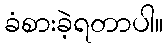
ခံစားခဲ့ရတာပါ။